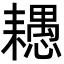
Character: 𦔧